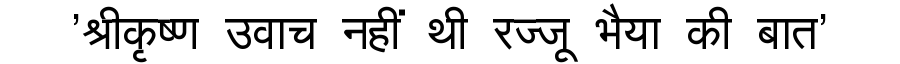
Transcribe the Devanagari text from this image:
'श्रीकृष्ण उवाच नहीं थी रज्जू भैया की बात'